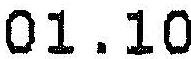
01.10